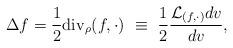
LaTeX: \begin{align*}\Delta f =\frac{1}{2}{\mbox{\rm div}}_{\rho}(f,\cdot)~\equiv~ \frac{1}{2}\frac{{\cal L}_{(f,\cdot)} dv}{dv}, \end{align*}